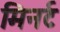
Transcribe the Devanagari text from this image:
मिनर्ट